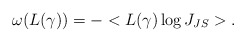
\begin{align*}\omega (L(\gamma )) = -<L(\gamma )\log J _{JS}>.\end{align*}